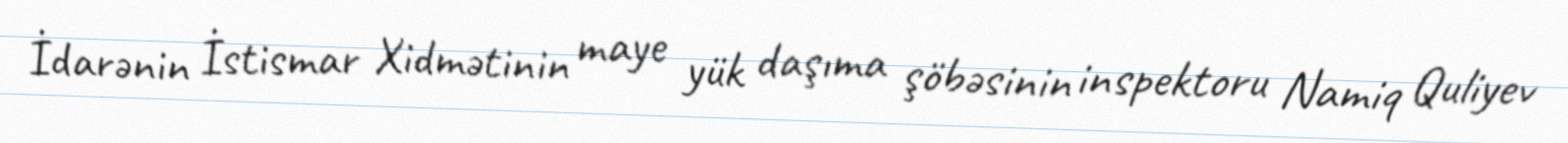
İdarənin İstismar Xidmətinin maye yük daşıma şöbəsinin inspektoru Namiq Quliyev